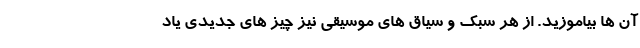
آن ها بیاموزید. از هر سبک و سیاق های موسیقی نیز چیز های جدیدی یاد